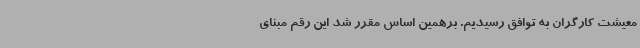
معیشت کارگران به توافق رسیدیم. برهمین اساس مقرر شد این رقم مبنای